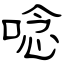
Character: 唸